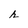
Character: r